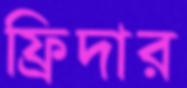
ফ্রিদার